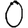
Digit: 0